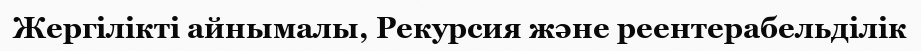
Жергілікті айнымалы, Рекурсия және реентерабельділік